Source: Handwritten
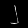
Digit: ၂ (2)